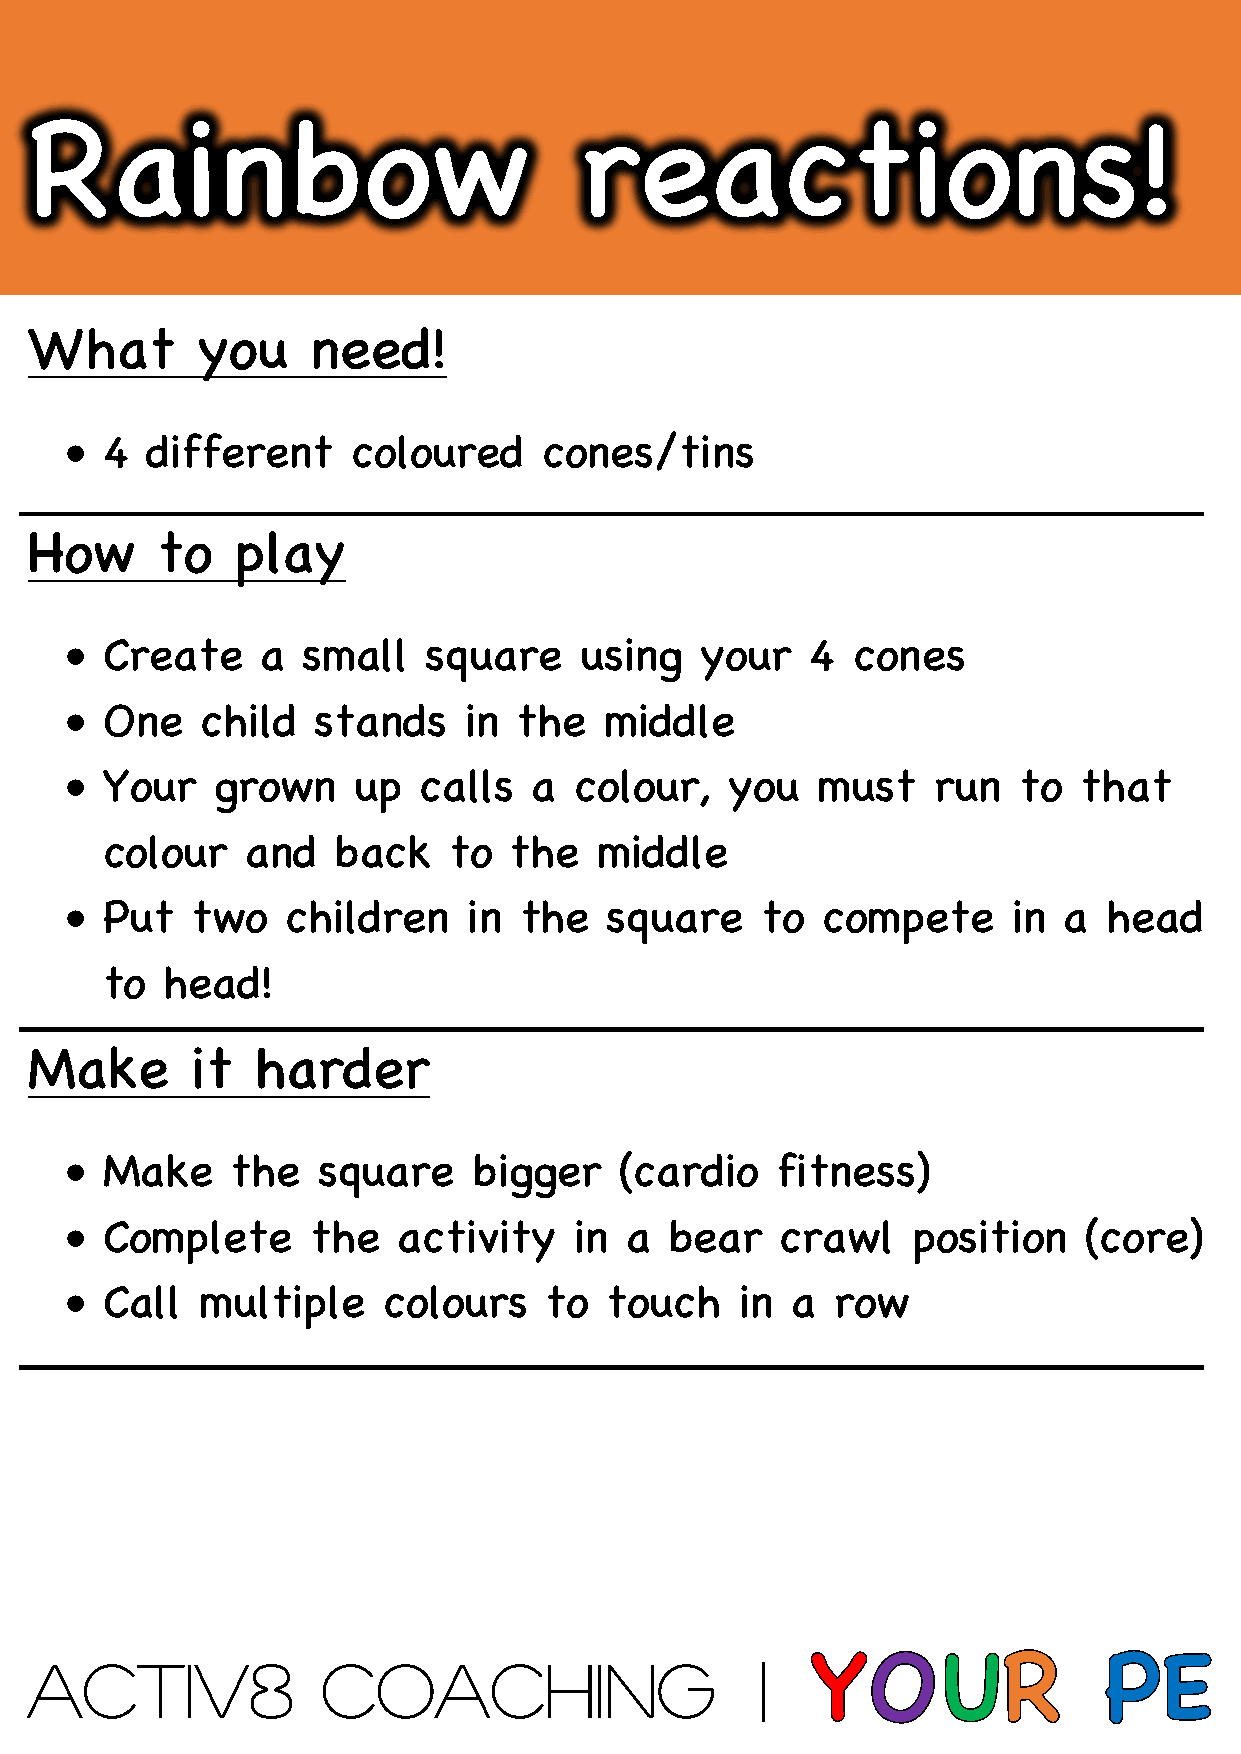
Rainbow                             reactions!
 What       you     need!
 •  4  different    coloured     cones/tins
 How     to    play
 •  Create    a  small   square    using   your    4 cones
 •  One   child   stands    in the   middle
 •  Your   grown    up   calls  a  colour,   you   must    run  to  that
 colour   and   back    to  the   middle
 •  Put   two   children    in the   square    to  compete      in a  head
 to  head!
 Make       it  harder
 •  Make    the   square    bigger    (cardio   fitness)
 •  Complete      the  activity    in a  bear    crawl   position    (core)
 •  Call  multiple    colours    to  touch    in a  row
 ACTIV8             COACHING                     |